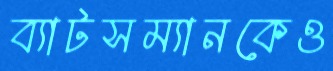
ব্যাটসম্যানকেও